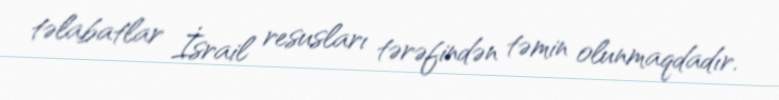
təlabatlar İsrail resusları tərəfindən təmin olunmaqdadır.